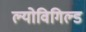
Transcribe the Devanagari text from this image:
ल्योविगिल्ड